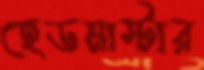
হেডমাস্টার